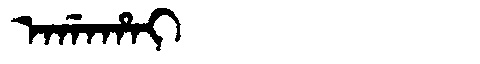
Manchu: ᠠᡤᠠᡥᠠᡳ
Romanization: AGAHAI